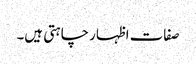
صفات اظہار چاہتی ہیں۔